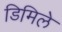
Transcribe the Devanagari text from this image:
डिमिले